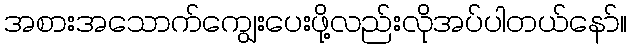
အစားအသောက်ကျွေးပေးဖို့လည်းလိုအပ်ပါတယ်နော်။